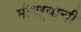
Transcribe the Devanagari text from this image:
मोगऱ्याची